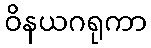
ဝိနယဂရုကာ